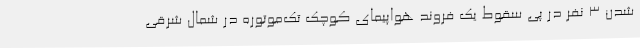
شدن ۳ نفر در پی سقوط یک فروند هواپیمای کوچک تک‌موتوره در شمال شرقی